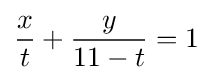
{\frac {x}{t}}+{\frac {y}{11-t}}=1